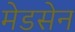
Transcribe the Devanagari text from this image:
मेडसेन